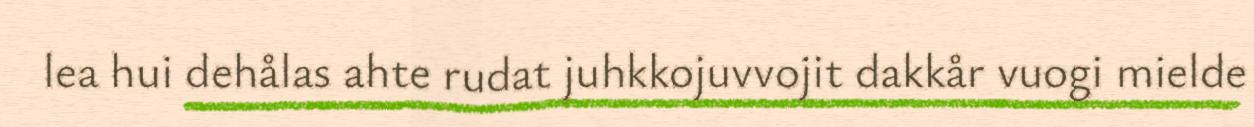
lea hui dehålas ahte rudat juhkkojuvvojit dakkår vuogi mielde